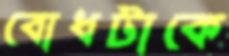
বোধটাকে